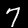
Digit: 7